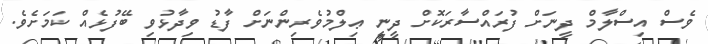
ވެސް އިސްލާމް ދީނަށް ފުރައްސާރަކޮށް ދީނީ ޢިލްމުވެރިންނަށް ފާޑު ވިދާޅުވި ބޭފުޅެއް ކަމަށެވެ.